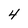
Character: 4